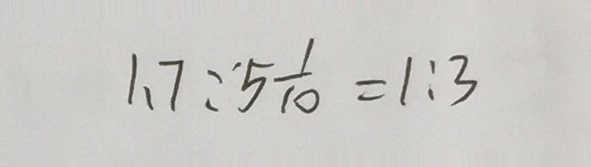
1 . 7 \because 5 \frac { 1 } { 1 0 } = 1 : 3